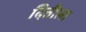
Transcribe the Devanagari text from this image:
दितीला